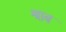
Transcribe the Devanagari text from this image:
श्राब